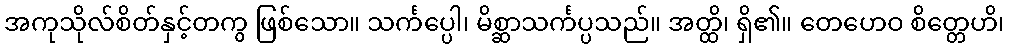
အကုသိုလ်စိတ်နှင့်တကွ ဖြစ်သော။ သင်္ကပ္ပေါ၊ မိစ္ဆာသင်္ကပ္ပသည်။ အတ္ထိ၊ ရှိ၏။ တေဟေဝ စိတ္တေဟိ၊